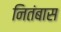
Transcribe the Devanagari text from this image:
नितंबास